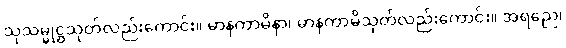
သုသမ္မုဋ္ဌသုတ်လည်းကောင်း။ မာနကာမိနာ၊ မာနကာမိသုတ်လည်းကောင်း။ အရညေ၊